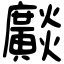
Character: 𤒼